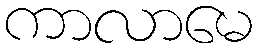
ကာလာမေ